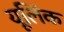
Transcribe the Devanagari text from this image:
यूलिंक